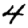
Digit: 4